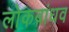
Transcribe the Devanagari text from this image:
लोकबांधव